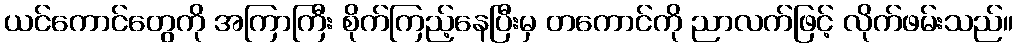
ယင်ကောင်တွေကို အကြာကြီး စိုက်ကြည့်နေပြီးမှ တကောင်ကို ညာလက်ဖြင့် လိုက်ဖမ်းသည်။